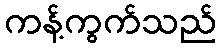
ကန့်ကွက်သည်